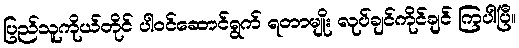
ပြည်သူကိုယ်တိုင် ပါဝင်ဆောင်ရွက် ရတာမျိုး လုပ်ချင်ကိုင်ချင် ကြပါပြီ။